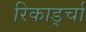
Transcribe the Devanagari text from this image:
रिकार्ड्चा